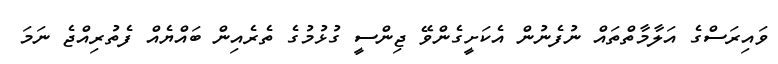
ވައިރަސްގެ އަލާމާތްތައް ނުފެނުން އެކަށީގެންވޭ ޖިންސީ ގުޅުމުގެ ތެރެއިން ބައްޔެއް ފެތުރިއްޖެ ނަމަ